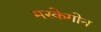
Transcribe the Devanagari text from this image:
मस्केगोन